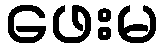
ဖေးမ